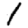
Digit: 1